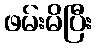
ဖမ်းမိပြီး